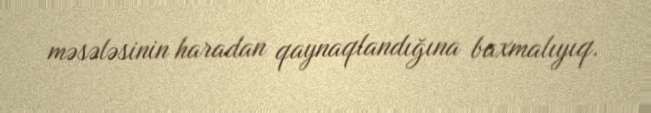
məsələsinin haradan qaynaqlandığına baxmalıyıq.